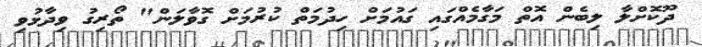
ދޫކޮށްލާ ލިބެން އޮތް މަގާމެއްގައި ގައުމަށް ހިދުމަތް ކުރުމަށް ގޮވާލަން" ތޯރިގު ވިދާޅުވި